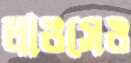
লাওসেও